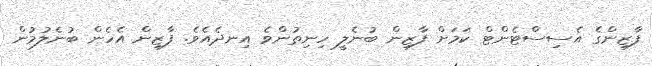
ފާޒިންގެ އެސިސްޓެންޓް ކަމަށް ފާޒިން ބުނެލީ ހިނިތުންވެ އިނދެއެވެ. ފާޒިން އެހެން ބުނެލުމުން